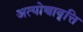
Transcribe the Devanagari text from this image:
अत्योच्चावृत्ति